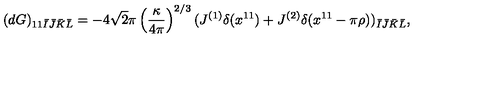
( d G ) _ { 1 1 \bar { I } \bar { J } \bar { K } \bar { L } } = - 4 \sqrt { 2 } \pi \left( \frac { \kappa } { 4 \pi } \right) ^ { 2 / 3 } ( J ^ { ( 1 ) } \delta ( x ^ { 1 1 } ) + J ^ { ( 2 ) } \delta ( x ^ { 1 1 } - \pi \rho ) ) _ { \bar { I } \bar { J } \bar { K } \bar { L } } ,